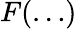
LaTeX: F(\dots)